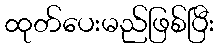
ထုတ်ပေးမည်ဖြစ်ပြီး